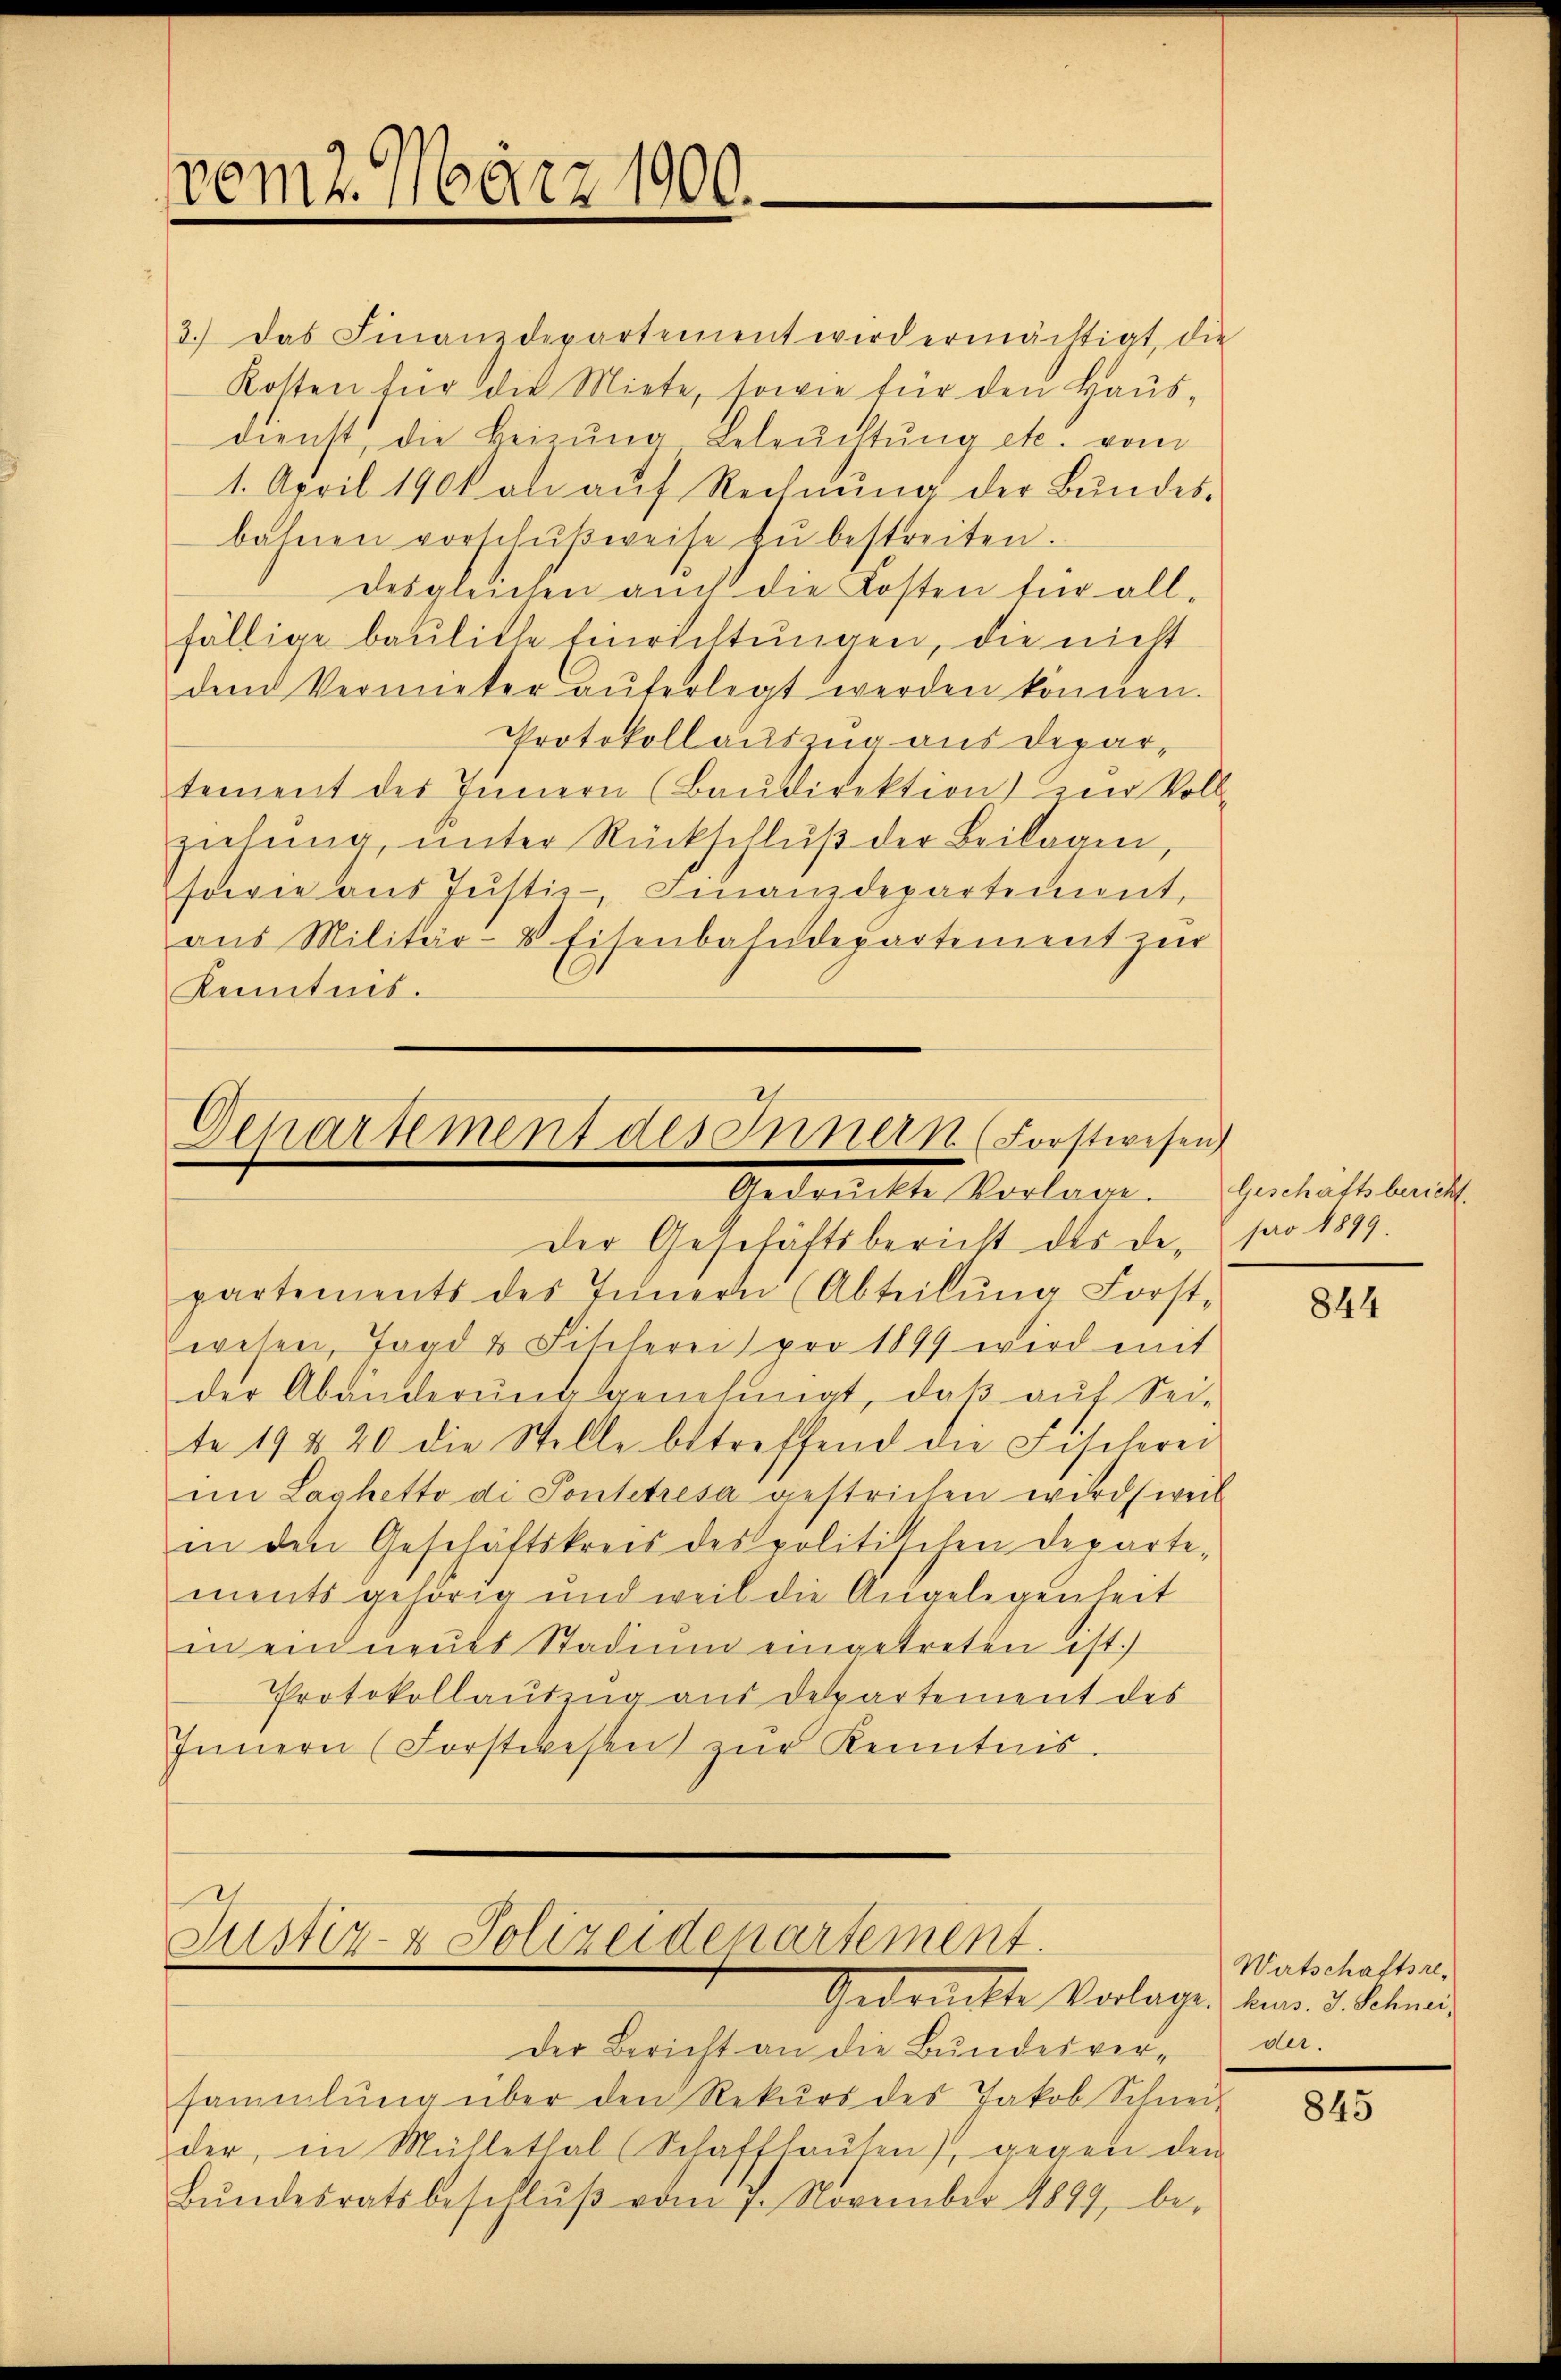
pem2. März 1900.

3.) Das Finanzdepartement wird ermächtigt, die
Kosten für die Miete, sowie für den Haus-
dienst, die Beizŭng Beleŭchtŭng etc. vom
1. April 190 an aŭf Rechnŭng der Bŭndes-
bahnen vorschŭβweise zu bestreiten.
desgleichen auch die Kosten für all-
fällige bauliche Einrichtungen, die nicht
dem Vermieter anferlegt werden können.
Protokollauszug aus departement des Innern (Baŭdirektion vier Voll-
ziehung, unter Rückschluß der Beilagen,
sowie aus Justiz- Finanzdepartement,
aŭs Militär-8 Eisenbahndepartement zur
Kenntnis.

Departement des Innern (Forstwesen
1
Gedankte Vorlage.

Justiz- & Polizeidenartement.
Gedrückte Vorlage. Am 5. Schnei

Der Geschäftsbericht des Departements des Tenern (Abteilŭng Forst-
wesen, Jagd u. Fischerei pro 1899 wird mit
der Abänderŭng genehmigt, daβ aŭf Sei-
te 19 & 20 die Stelle betreffend die Fischerei
im Laghetto di Pontetresa gestrichen wird (weil
in den Geschäftskreis des politischen Departe-
ments gehörig und weil die Angelegenheit
i ein neues Stadium eingetreten ist.)
Protokollauding aus Departement des
Innern (Forstwesen zŭr Kenntnis.

Der Bericht an die Bundesver-
sammlung über den Rekŭrs des Jakob Schnei
der, in Müllethal (Schaffhaŭten), gegen dem
Bŭndesratsbeschlŭβ vom 7. November 1899, be-

Geschäftsbericht.
pro 1899.

844

Wirtschaftsreder.

845